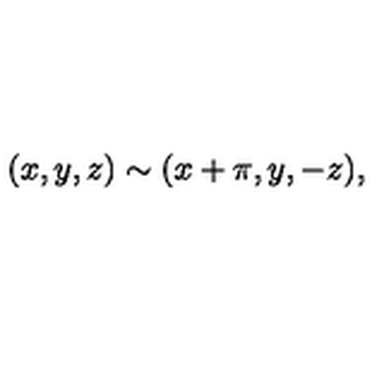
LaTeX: ( x , y , z ) \sim ( x + \pi , y , - z ) ,